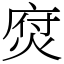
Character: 焤